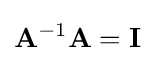
\mathbf {A} ^{-1}\mathbf {A} =\mathbf {I}